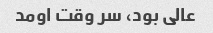
عالی بود، سر وقت اومد